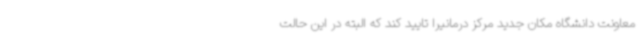
معاونت دانشگاه مکان جدید مرکز درمانیرا تایید کند که البته در این حالت